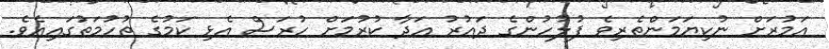
އަމުރަށް ނުކިޔަމަންތެރިވެ ފުލުހުންގެ ދައުރު އަދާ ކުރުމަށް ހުރަސް އެޅި ކަމުގެ ތުހުމަތުގައިއެވެ.